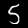
Digit: 5